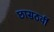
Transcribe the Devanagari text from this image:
छासठवीं